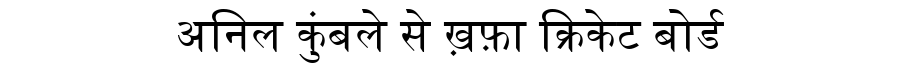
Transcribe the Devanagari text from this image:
अनिल कुंबले से ख़फ़ा क्रिकेट बोर्ड